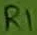
Text: R1